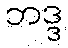
ဘဒ္ဒ